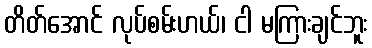
တိတ်အောင် လုပ်စမ်းဟယ်၊ ငါ မကြားချင်ဘူး